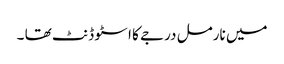
میں نارمل درجے کا ا سٹو ڈنٹ تھا ۔